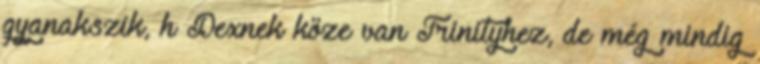
gyanakszik, h Dexnek köze van Trinityhez, de még mindig